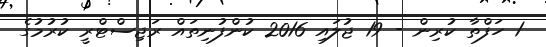
1 ހަފްތާ ކުރިން - 19 ޖުލައި 2016 ކުންފުނިތައް ރަޖިސްޓްރީ ކުރުމުގެ